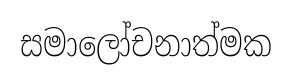
සමාලෝචනාත්මක